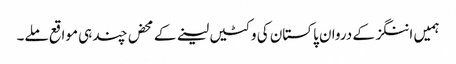
ہمیں اننگز کے دروان پاکستان کی وکٹیں لینے کے محض چند ہی مواقع ملے۔